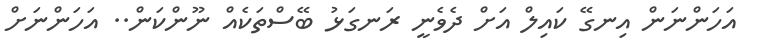
އަހަންނަން އިނގޭ ކައިލް އަށް ދެވެނީ ރަނގަޅު ބޭސްތަކެއް ނޫންކަން.. އަހަަންނަށް